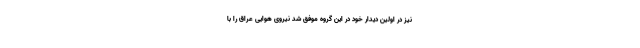
نیز در اولین دیدار خود در این گروه موفق شد نیروی هوایی عراق را با